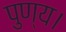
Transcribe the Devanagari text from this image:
पुण्य।